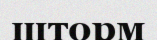
шторм